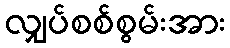
လျှပ်စစ်စွမ်းအား